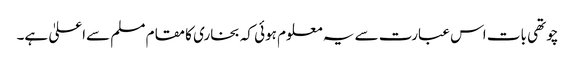
چوتھی بات اس عبارت سے یہ معلوم ہوئی کہ بخاری کا مقام مسلم سےاعلیٰ ہے۔